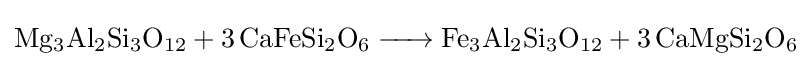
{\ce {Mg3Al2Si3O12 + 3CaFeSi2O6 -> Fe3Al2Si3O12 + 3CaMgSi2O6}}